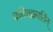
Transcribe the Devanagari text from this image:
कविचक्रवर्तिन्